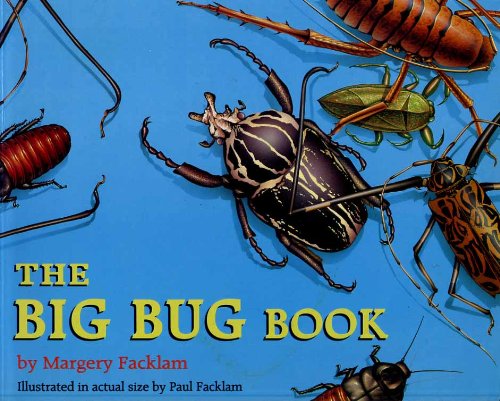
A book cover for The Big Bug Book; Margery Facklam; Sports & Outdoors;